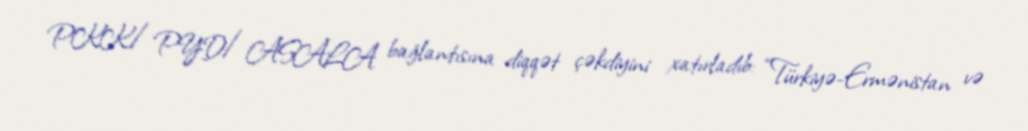
PKK/PYD/ASALA bağlantısına diqqət çəkdiyini xatırladıb: “Türkiyə-Ermənistan və